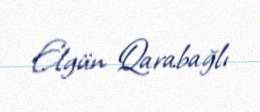
Elgün Qarabağlı